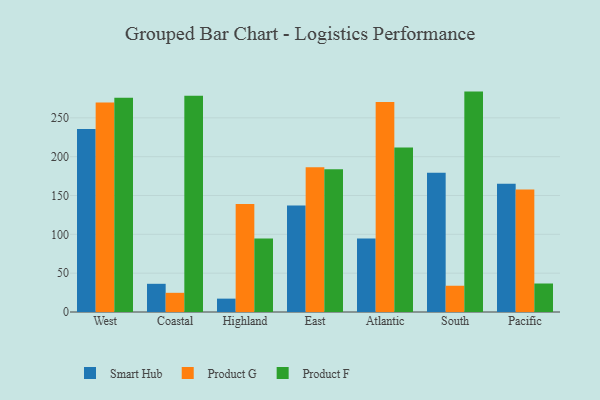
{"axis": {"x": "Region", "y": "LTV (USD)"}, "legend": ["Product F", "Product G", "Smart Hub"], "data": [{"x": "West", "y": 235.7, "type": "Smart Hub"}, {"x": "West", "y": 269.7, "type": "Product G"}, {"x": "West", "y": 275.8, "type": "Product F"}, {"x": "Coastal", "y": 36.3, "type": "Smart Hub"}, {"x": "Coastal", "y": 24.7, "type": "Product G"}, {"x": "Coastal", "y": 278.5, "type": "Product F"}, {"x": "Highland", "y": 17.2, "type": "Smart Hub"}, {"x": "Highland", "y": 139.0, "type": "Product G"}, {"x": "Highland", "y": 94.5, "type": "Product F"}, {"x": "East", "y": 137.2, "type": "Smart Hub"}, {"x": "East", "y": 186.5, "type": "Product G"}, {"x": "East", "y": 183.7, "type": "Product F"}, {"x": "Atlantic", "y": 94.7, "type": "Smart Hub"}, {"x": "Atlantic", "y": 270.3, "type": "Product G"}, {"x": "Atlantic", "y": 211.7, "type": "Product F"}, {"x": "South", "y": 179.4, "type": "Smart Hub"}, {"x": "South", "y": 33.8, "type": "Product G"}, {"x": "South", "y": 283.8, "type": "Product F"}, {"x": "Pacific", "y": 165.0, "type": "Smart Hub"}, {"x": "Pacific", "y": 157.6, "type": "Product G"}, {"x": "Pacific", "y": 36.7, "type": "Product F"}]}